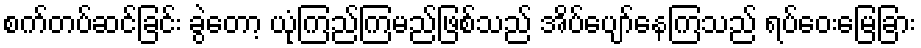
စက်တပ်ဆင်ခြင်း ခွဲတော့ ယုံကြည်ကြမည်ဖြစ်သည် အိပ်ပျော်နေကြသည် ရပ်ဝေးမြေခြား